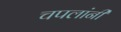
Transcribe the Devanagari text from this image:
चपलांनी